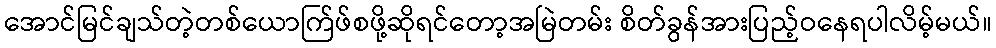
အောင်မြင်ချသ်တဲ့တစ်ယောက်ြဖ်စဖို့ဆိုရင်တော့အမြဲတမ်း စိတ်ခွန်အားပြည့်ဝနေရပါလိမ့်မယ်။